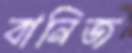
বানিজ